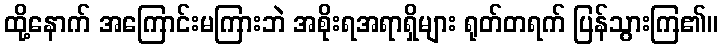
ထို့နောက် အကြောင်းမကြားဘဲ အစိုးရအရာရှိများ ရုတ်တရက် ပြန်သွားကြ၏။